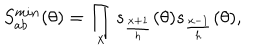
LaTeX: S _ { a b } ^ { m i n } ( \theta ) = \prod _ { x } s _ { \frac { x + 1 } { h } } ( \theta ) s _ { \frac { x - 1 } { h } } ( \theta ) ,